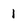
Character: I